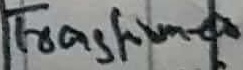
Text: Transformer